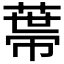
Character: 𦷾